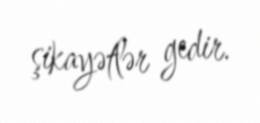
şikayətlər gedir.